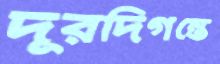
দূরদিগন্তে